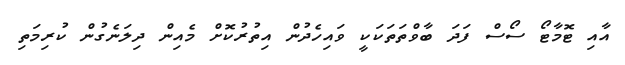
އާއި ޓޮމާޓޯ ސޯސް ފަދަ ބާވްތަތަކަކީ ވައިހެދުން އިތުރުކޮށް މެއިން ދިލަނެގުން ކުރިމަތި